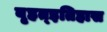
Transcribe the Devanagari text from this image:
बृहत्इतिहास